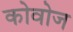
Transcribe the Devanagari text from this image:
कोवोज